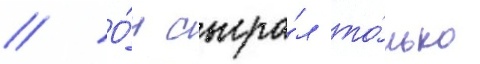
// О́н сыгра́л то́лько